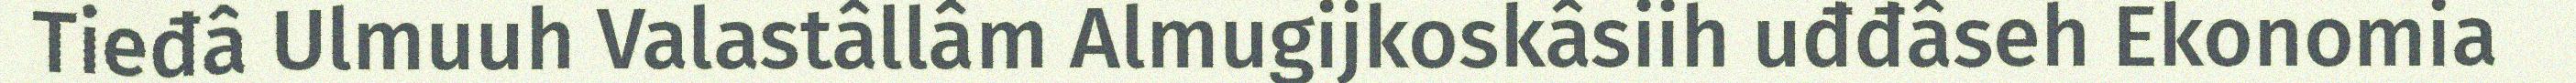
Tieđâ Ulmuuh Valastâllâm Almugijkoskâsiih uđđâseh Ekonomia